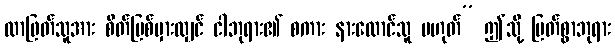
လာဖြတ်သူအား စိတ်ပြစ်မှားလျှင် ငါဘုရား၏ စကား နားထောင်သူ မဟုတ်” ဤသို့ မြတ်စွာဘုရား